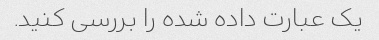
یک عبارت داده شده را بررسی کنید.